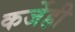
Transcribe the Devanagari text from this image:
कर्जेही